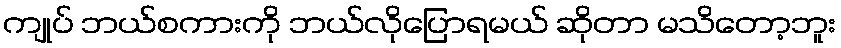
ကျုပ် ဘယ်စကားကို ဘယ်လိုပြောရမယ် ဆိုတာ မသိတော့ဘူး